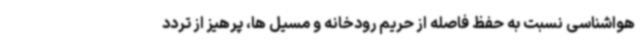
هواشناسی نسبت به حفظ فاصله از حریم رودخانه و مسیل ها، پرهیز از تردد